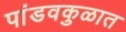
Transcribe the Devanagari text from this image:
पांडवकुळात